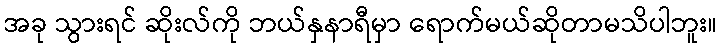
အခု သွားရင် ဆိုးလ်ကို ဘယ်နှနာရီမှာ ရောက်မယ်ဆိုတာမသိပါဘူး။